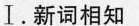
Ⅰ. 新词相知